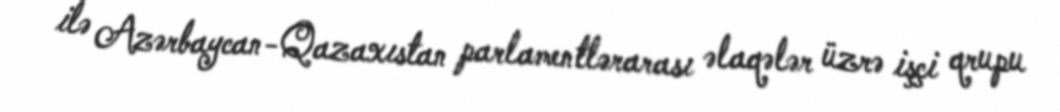
ilə Azərbaycan-Qazaxıstan parlamentlərarası əlaqələr üzrə işçi qrupu